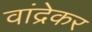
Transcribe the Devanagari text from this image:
वांद्रेकर